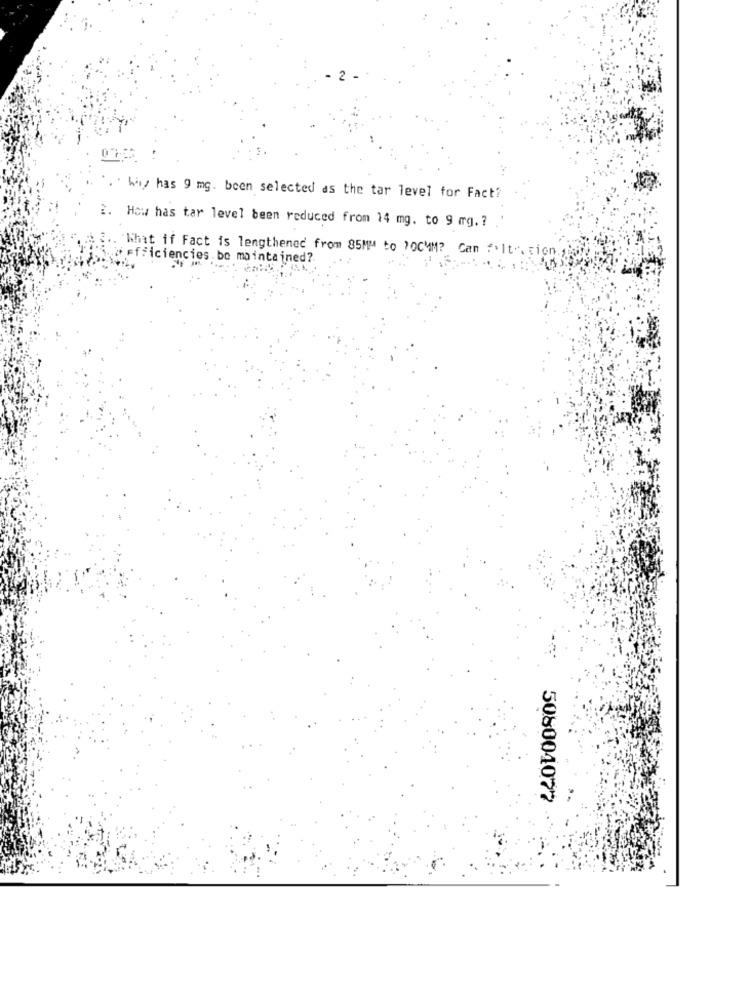
" .. why has 9 mg. been selected as the tar level for Fact?
2. How has tar level been reduced from 14 mg. to 9 mg. ?
"What if Fact is lengthened from 85MM to 70CMM? Cam #'It . cion .;
*efficiencies.bo maintained ?.
508004077